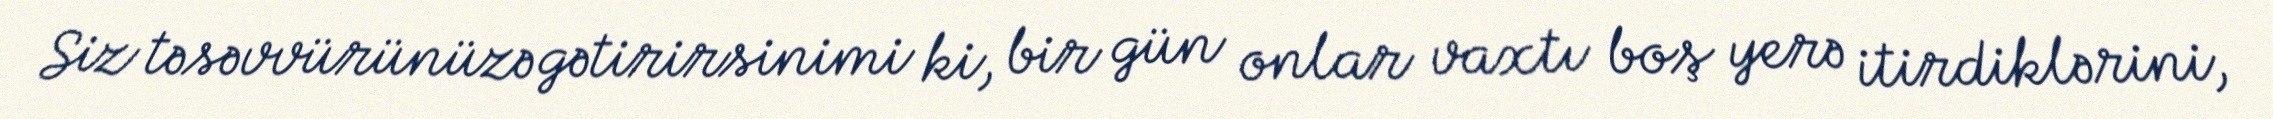
Siz təsəvvürünüzə gətirirsinimi ki, bir gün onlar vaxtı boş yerə itirdiklərini,